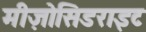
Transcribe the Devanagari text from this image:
मीज़ोसिडराइट